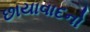
છાયાવાદનો